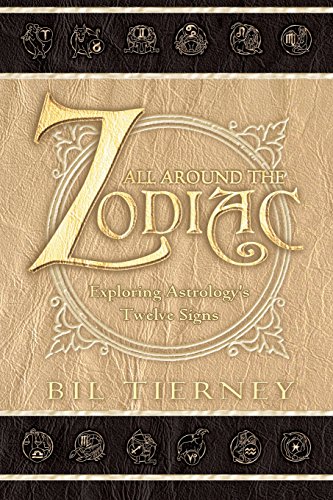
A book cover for All Around the Zodiac: Exploring Astrology's Twelve Signs; Bil Tierney; Religion & Spirituality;